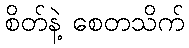
စိတ်နဲ့ စေတသိက်